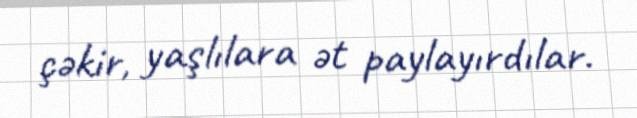
çəkir, yaşlılara ət paylayırdılar.